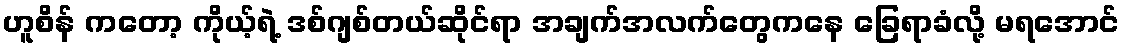
ဟူစိန် ကတော့ ကိုယ့်ရဲ့ ဒစ်ဂျစ်တယ်ဆိုင်ရာ အချက်အလက်တွေကနေ ခြေရာခံလို့ မရအောင်